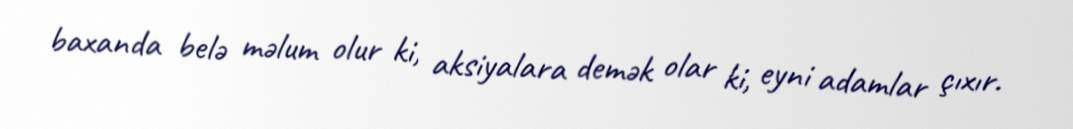
baxanda belə məlum olur ki, aksiyalara demək olar ki, eyni adamlar çıxır.